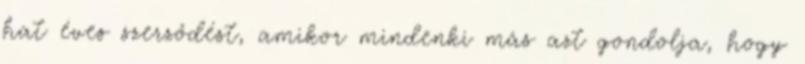
hat éves szerződést, amikor mindenki más azt gondolja, hogy